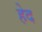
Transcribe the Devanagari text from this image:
हेद